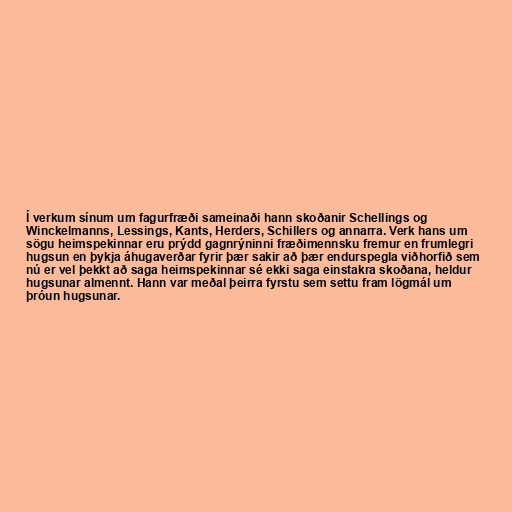
Í verkum sínum um fagurfræði sameinaði hann skoðanir Schellings og
Winckelmanns, Lessings, Kants, Herders, Schillers og annarra. Verk hans um
sögu heimspekinnar eru prýdd gagnrýninni fræðimennsku fremur en frumlegri
hugsun en þykja áhugaverðar fyrir þær sakir að þær endurspegla viðhorfið sem
nú er vel þekkt að saga heimspekinnar sé ekki saga einstakra skoðana, heldur
hugsunar almennt. Hann var meðal þeirra fyrstu sem settu fram lögmál um
þróun hugsunar.